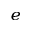
_ e